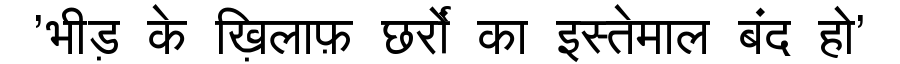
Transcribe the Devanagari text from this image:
'भीड़ के ख़िलाफ़ छर्रों का इस्तेमाल बंद हो'